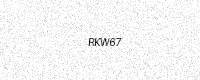
Text: RKW67